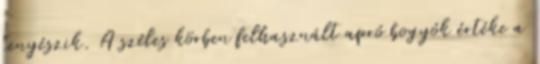
tenyészik. A széles körben felhasznált apró bogyók értéke a